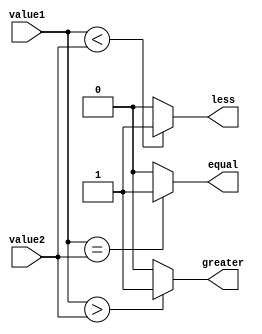
module inequality_comparator (
    input [31:0] value1,
    input [31:0] value2,
    output greater,
    output less,
    output equal
);

assign greater = (value1 > value2) ? 1'b1 : 1'b0;
assign less = (value1 < value2) ? 1'b1 : 1'b0;
assign equal = (value1 == value2) ? 1'b1 : 1'b0;

endmodule